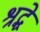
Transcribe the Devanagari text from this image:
श्रद्धे